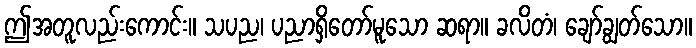
ဤအတူလည်းကောင်း။ သပည၊ ပညာရှိတော်မူသော ဆရာ။ ခလိတံ၊ ချော်ချွတ်သော။